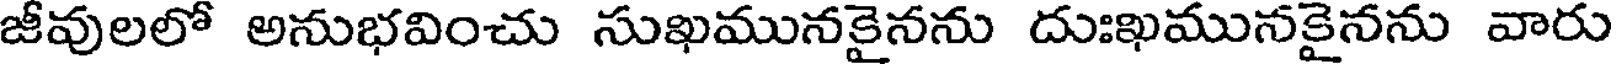
జీవులలో అనుభవించు సుఖమునకైనను దుఃఖమునకైనను వారు